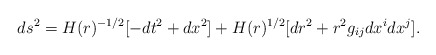
\begin{align*}ds^2= H(r)^{-1/2}[-dt^2 +dx^2] + H(r)^{1/2}[dr^2 +r^2g_{ij}dx^idx^j].\end{align*}